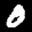
Label: 0